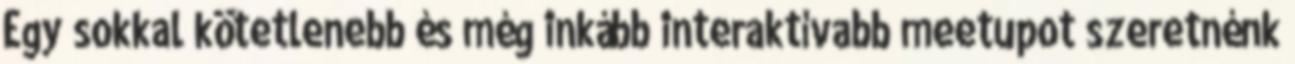
Egy sokkal kötetlenebb és még inkább interaktívabb meetupot szeretnénk